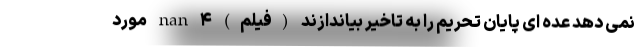
نمی دهد عده ای پایان تحریم را به تاخیر بیاندازند (فیلم) nan ۴ مورد